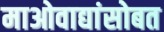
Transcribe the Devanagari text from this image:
माओवाद्यांसोबत